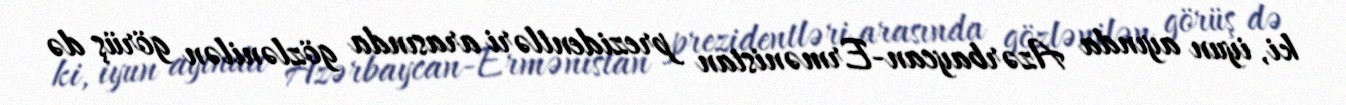
ki, iyun ayında Azərbaycan-Ermənistan prezidentləri arasında gözlənilən görüş də